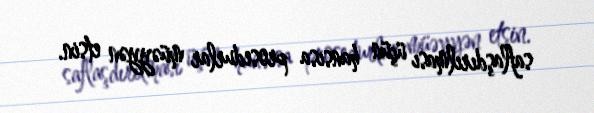
saflaşdırılması üçün hansısa prosedurlar müəyyən etsin.